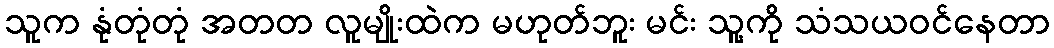
သူက နုံတုံတုံ အတတ လူမျိုးထဲက မဟုတ်ဘူး မင်း သူ့ကို သံသယဝင်နေတာ